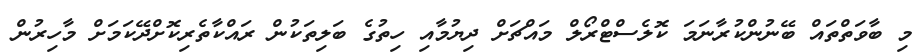
މި ބާވަތްތައް ބޭނުންކުރާނަމަ ކޮލެސްޓްރޯލް މައްޗަށް ދިޔުމާއި ހިތުގެ ބަލިތަކުން ރައްކާތެރިކޮށްދޭކަމަށް މާހިރުން